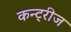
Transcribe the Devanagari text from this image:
कन्ट्रीज